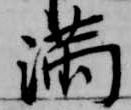
満